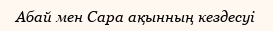
Абай мен Сара ақынның кездесуі